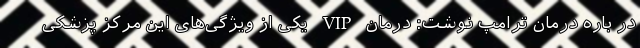
در باره درمان ترامپ نوشت: درمان VIP یکی از ویژگی‌های این مرکز پزشکی